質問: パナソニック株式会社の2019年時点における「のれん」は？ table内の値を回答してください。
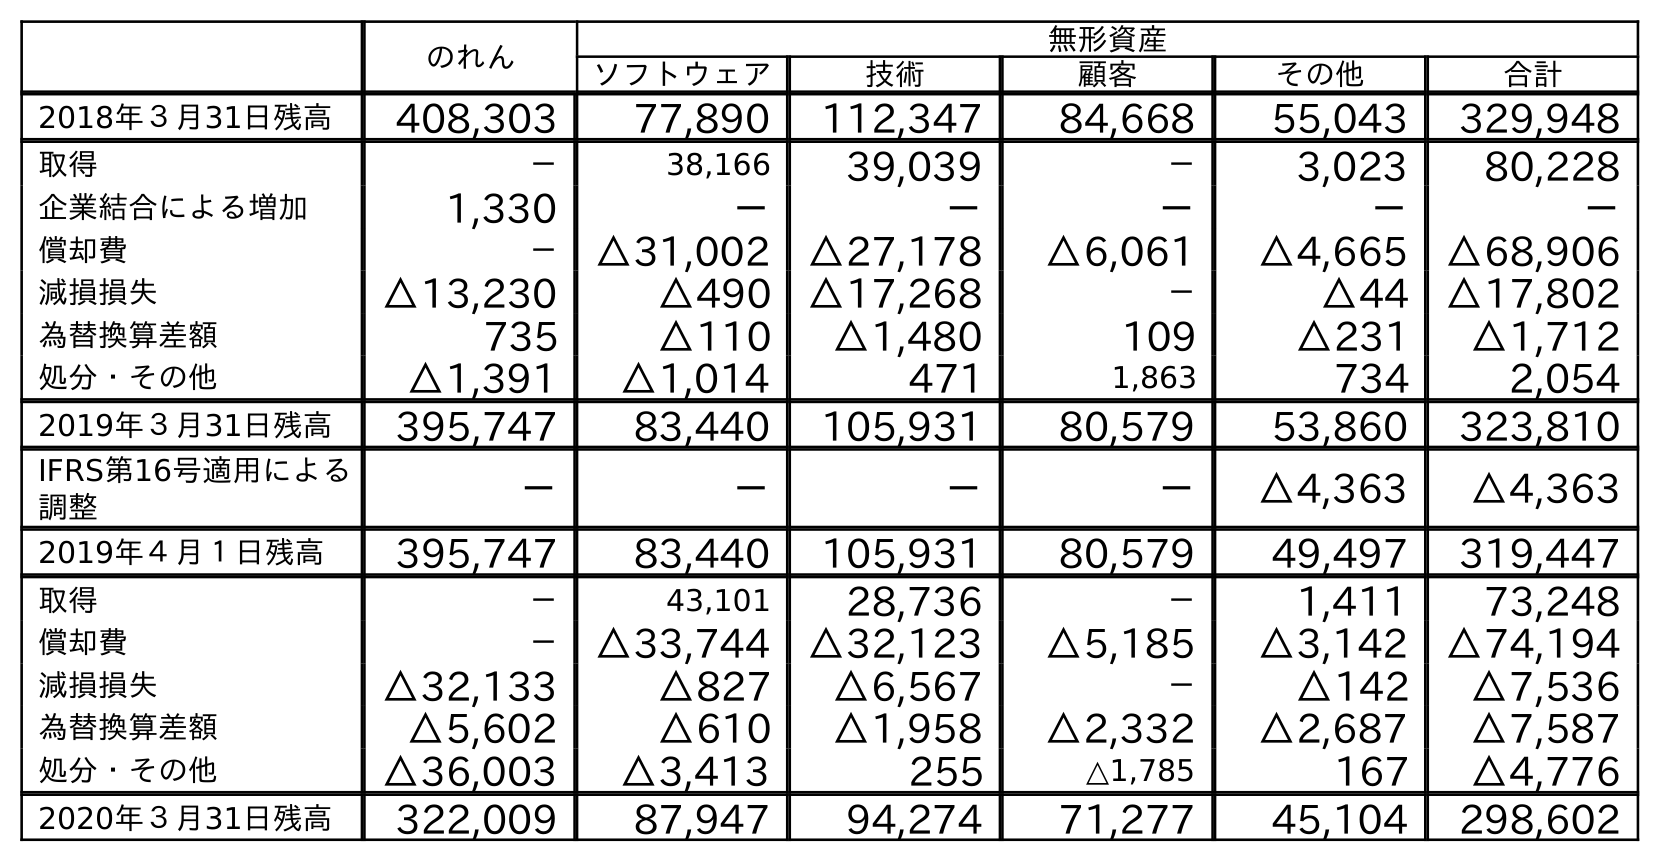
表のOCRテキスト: のれん 無形資産 ソフトウェア 技術 顧客 その他 合計 2018年３月31日残高 408,303 77,890 112,347 84,668 55,043 329,948 取得 － 38,166 39,039 － 3,023 80,228 企業結合による増加 1,330 － － － － － 償却費 － △31,002 △27,178 △6,061 △4,665 △68,906 減損損失 △13,230 △490 △17,268 － △44 △17,802 為替換算差額 735 △110 △1,480 109 △231 △1,712 処分・その他 △1,391 △1,014 471 1,863 734 2,054 2019年３月31日残高 395,747 83,440 105,931 80,579 53,860 323,810 IFRS第16号適用による 調整 － － － － △4,363 △4,363 2019年４月１日残高 395,747 83,440 105,931 80,579 49,497 319,447 取得 － 43,101 28,736 － 1,411 73,248 償却費 － △33,744 △32,123 △5,185 △3,142 △74,194 減損損失 △32,133 △827 △6,567 － △142 △7,536 為替換算差額 △5,602 △610 △1,958 △2,332 △2,687 △7,587 処分・その他 △36,003 △3,413 255 △1,785 167 △4,776 2020年３月31日残高 322,009 87,947 94,274 71,277 45,104 298,602
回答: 395,747